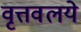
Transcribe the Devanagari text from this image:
वृत्तवलये